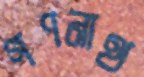
গণনাথ